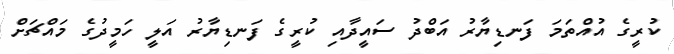
ކުރީގެ އުއްތަމަ ފަނޑިޔާރު އަބްދު ސައީދާއި ކުރީގެ ފަނޑިޔާރު އަލީ ހަމީދުގެ މައްޗަށް